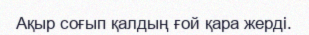
Ақыр соғып қалдың ғой қара жерді.